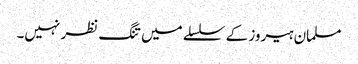
مسلمان ہیروز کے سلسلے میں تنگ نظر نہیں۔